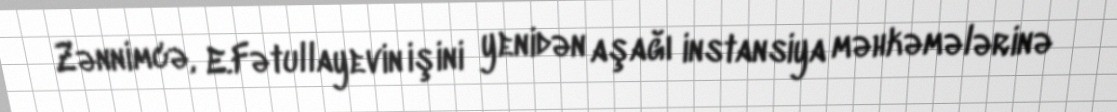
Zənnimcə, E.Fətullayevin işini yenidən aşağı instansiya məhkəmələrinə